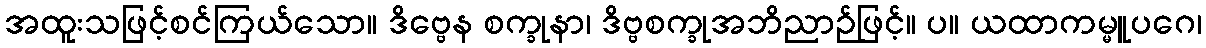
အထူးသဖြင့်စင်ကြယ်သော။ ဒိဗ္ဗေန စက္ခုနာ၊ ဒိဗ္ဗစက္ခုအဘိညာဉ်ဖြင့်။ ပ။ ယထာကမ္မူပဂေ၊